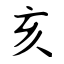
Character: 亥